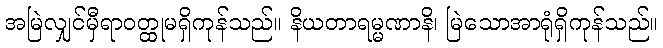
အမြဲလျှင်မှီရာဝတ္ထုမရှိကုန်သည်။ နိယတာရမ္မဏာနိ၊ မြဲသောအာရုံရှိကုန်သည်။